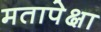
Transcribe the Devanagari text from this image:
मतापेक्षा